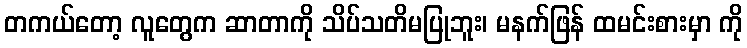
တကယ်တော့ လူတွေက ဆာတာကို သိပ်သတိမပြုဘူး၊ မနက်ဖြန် ထမင်းစားမှာ ကို